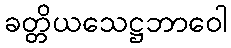
ခတ္တိယသေဋ္ဌဘာဝေါ